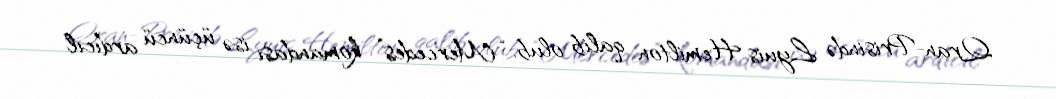
Qran-Prisində Lyuis Hemilton qalib olub, “Mercedes” komandası isə üçüncü ardıcıl